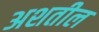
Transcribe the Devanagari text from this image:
अशतील